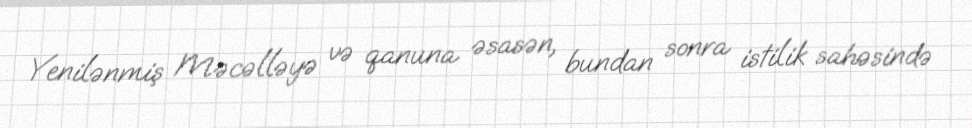
Yenilənmiş Məcəlləyə və qanuna əsasən, bundan sonra istilik sahəsində